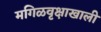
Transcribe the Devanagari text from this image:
मगिळवृक्षाखाली